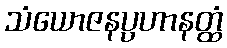
သံယောဇနပ္ပဟာနတ္ထံ